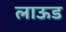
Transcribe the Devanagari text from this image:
लाऊड